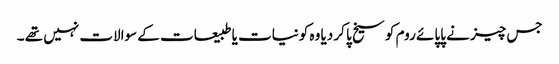
جس چیز نے پاپائے روم کو سیخ پا کر دیا وہ کونیات یا طبیعات کے سوالات نہیں تھے ۔